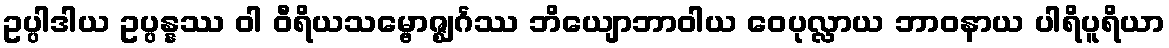
ဥပ္ပါဒါယ ဥပ္ပန္နဿ ဝါ ဝီရိယသမ္ဗောဇ္ဈင်္ဂဿ ဘိယျောဘာဝါယ ဝေပုလ္လာယ ဘာဝနာယ ပါရိပူရိယာ